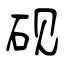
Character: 砚